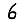
Digit: 6